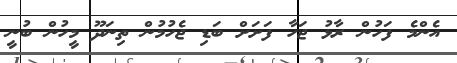
އެންމެ ފަހުން ރާޅު ޖަހާ ފަށަށް ބަޑި ޖެހުމުން ތިނަދޫ މީހުން ބުނީ